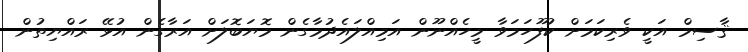
ޤާސިމް އަކީ ވެރިކަމަށް ކުފޫހަމަވާ މީހެއްނޫން އަމިއްލައެދުމާގެން މޮޔަބޮލަށް އަރާގެން އުޅޭ ރައްޔިތުން